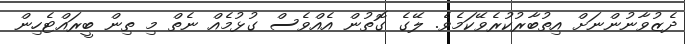
ދެޒުވާނުންނަށް އިތުބާރުކުރެވޭކަމެވެ. ލޭގެ ގޮތުން އެއްވެސް ގުޅުމެއް ނެތް މި ތިން ބީރައްޓެހިން